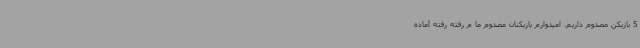
5 بازیکن مصدوم داریم. امیدوارم بازیکنان مصدوم ما م رفته رفته آماده